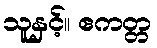
သူနှင့်။ ဧကတ္တ